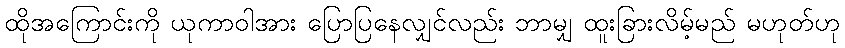
ထိုအကြောင်းကို ယုကာဝါအား ပြောပြနေလျှင်လည်း ဘာမျှ ထူးခြားလိမ့်မည် မဟုတ်ဟု